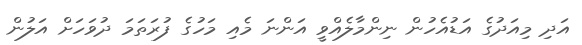
އަދި މިއަދުގެ އަޑުއެހުން ނިންމާލެއްވީ އަންނަ މެއި މަހުގެ ފުރަތަމަ ދުވަހަށް އަލުން